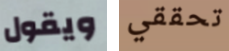
ويقول تحققي